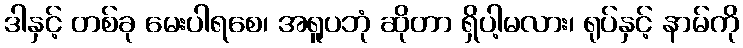
ဒါနှင့် တစ်ခု မေးပါရစေ၊ အရူပဘုံ ဆိုတာ ရှိပါ့မလား၊ ရုပ်နှင့် နာမ်ကို